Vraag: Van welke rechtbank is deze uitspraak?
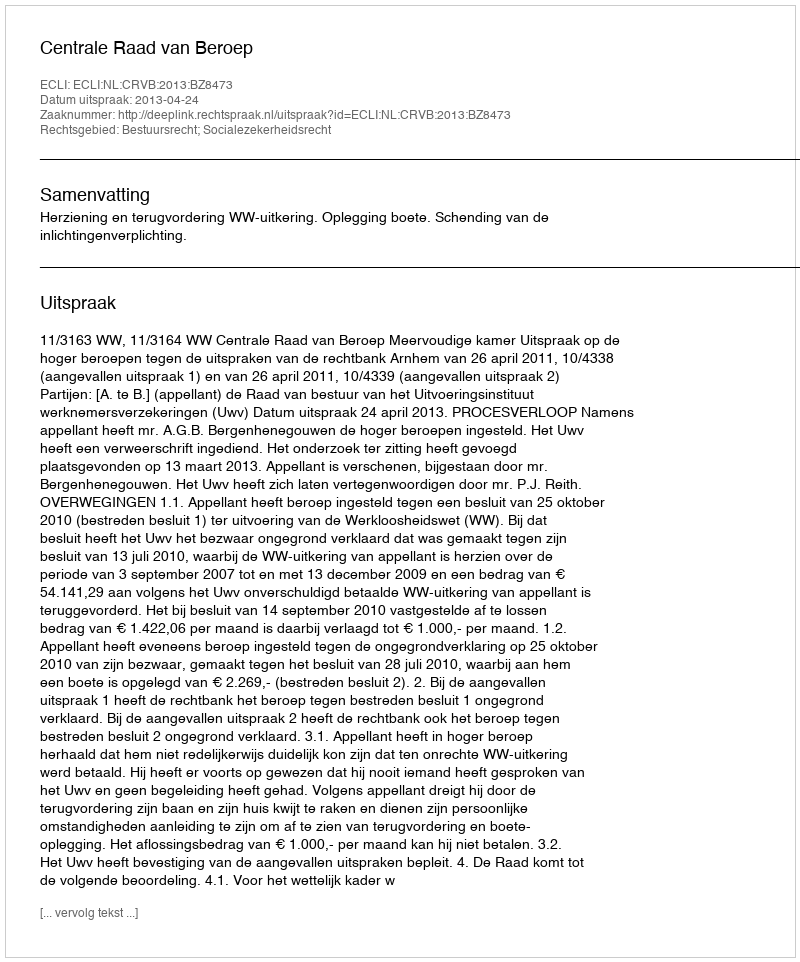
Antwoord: Centrale Raad van Beroep